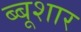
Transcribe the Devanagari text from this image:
ब्बूशार